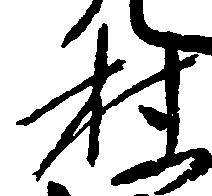
村